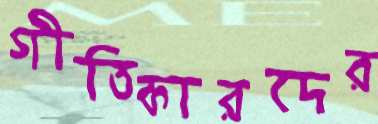
গীতিকারদের